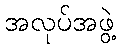
အလုပ်အဖွဲ့